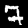
Label: 7